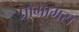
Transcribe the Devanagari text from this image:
प्रोग्रामस